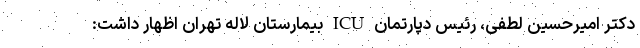
دکتر امیرحسین لطفی، رئیس دپارتمان ICU بیمارستان لاله تهران اظهار داشت: